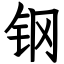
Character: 钢